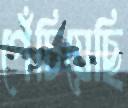
পেঁচিয়েছি